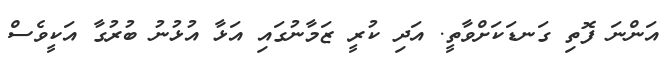
އަންނަ ފޮތި ގަނޑަކަށްވާތީ. އަދި ކުރީ ޒަމާނުގައި އަޅާ އުޅުނު ބުރުގާ އަކީވެސް